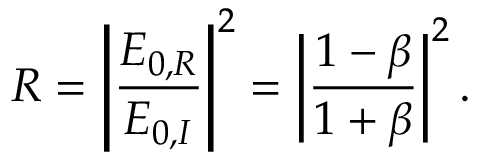
R = \left| \frac { E _ { 0 , R } } { E _ { 0 , I } } \right| ^ { 2 } = \left| \frac { 1 - \beta } { 1 + \beta } \right| ^ { 2 } .